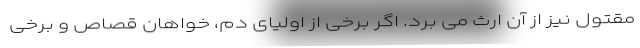
مقتول نیز از آن ارث می برد. اگر برخی از اولیای دم، خواهان قصاص و برخی